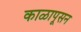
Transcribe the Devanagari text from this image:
काळापूसन